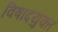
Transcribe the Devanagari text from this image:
विषादयुक्त